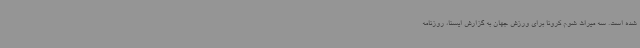
شده است. سه میراث شوم کرونا برای ورزش جهان به گزارش ایسنا، روزنامه